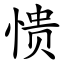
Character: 愦